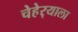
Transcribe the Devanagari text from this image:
चेहेर्‍याला